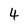
Character: 4